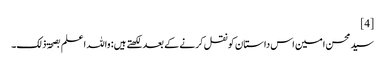
[4]
سید محسن امین اس داستان کو نقل کرنے کے بعد لکھتے ہیں: واللہ اعلم بصحۃ ذلک۔